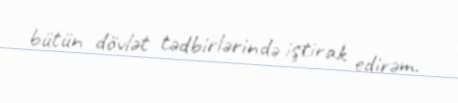
bütün dövlət tədbirlərində iştirak edirəm.